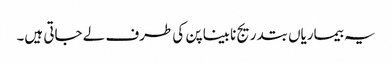
یہ بیماریاں بتدریج نابینا پن کی طرف لے جاتی ہیں۔